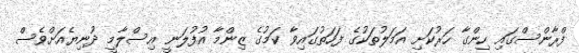
ފްރާންސްގައި ހިންގާ ހަރުކަށި އަމަލުތަކުގެ ފަހަތުގައިވާ ކަމުގެ ޒިންމާ އުފުލަނީ އިސްލާމީ ދުނިޔެއަށްވެސް